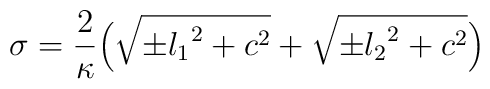
\sigma = \frac{2}{\kappa}\Bigl({\sqrt{{\pm}{l_1}^2 + c^2}} + {\sqrt{{\pm}{l_2}^2 + c^2}}\Bigr)